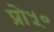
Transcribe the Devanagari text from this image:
प्रो५०